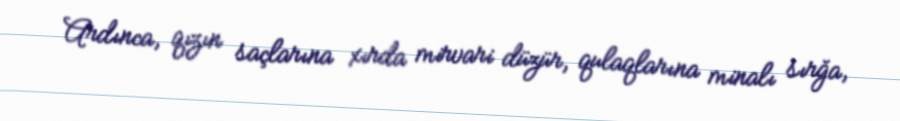
Ardınca, qızın saçlarına xırda mirvari düzür, qulaqlarına minalı sırğa,